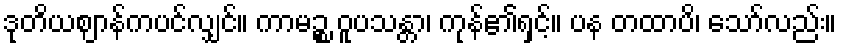
ဒုတိယဈာန်ကပင်လျှင်။ ကာမဉ္စ ဝူပသန္တာ၊ ကုန်၏ရှင့်။ ပန တထာပိ၊ သော်လည်း။